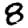
Digit: 8